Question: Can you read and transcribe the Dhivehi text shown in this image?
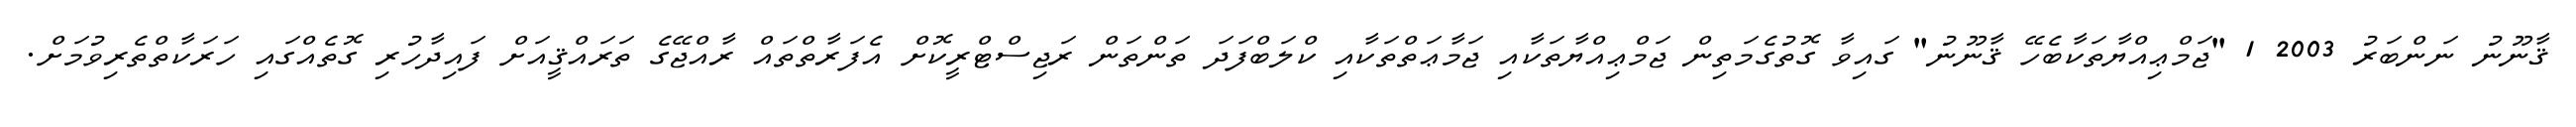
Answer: ޤާނޫނު ނަންބަރު 2003 1 "ޖަމްޢިއްޔާތަކާބެހޭ ޤާނޫނު" ގައިވާ ގޮތުގެމަތިން ޖަމްޢިއްޔާތަކާއި ޖަމާޢަތްތަކާއި ކްލަބްފަދަ ތަންތަން ރަޖިސްޓްރީކޮށް އެފަރާތްތައް ރާއްޖޭގެ ތަރައްޤީއަށް ފައިދާހުރި ގޮތެއްގައި ހަރަކާތްތެރިވުމަށް.